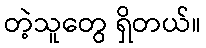
တဲ့သူတွေ ရှိတယ်။